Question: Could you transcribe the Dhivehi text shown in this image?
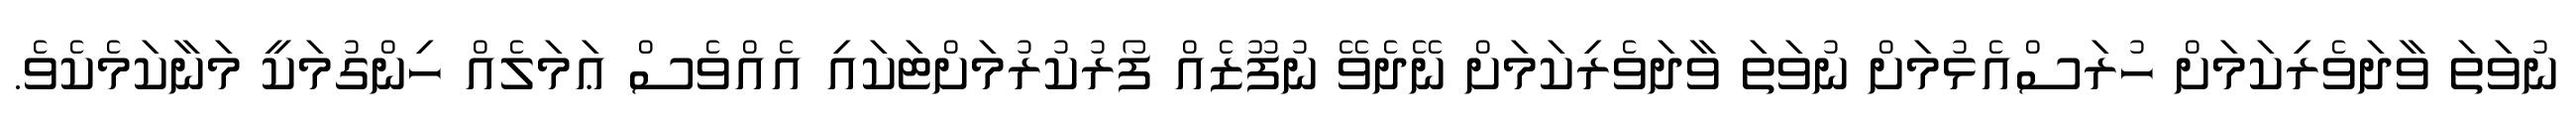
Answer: ނުވަތަ ވާދަވެރިކަމަށް ހުރަސްއެޅުމަށް ނުވަތަ ވާދަވެރިކަމަށް ނޭދެވޭ ނުފޫޒެއް ފޯރުކުރުމަށްޓަކައި އެއްވެސް ޢަމަލެއް ހިންގުމަކީ މަނާކަމެކެވެ.